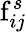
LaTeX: \mathrm{f}_{ij}^{s}